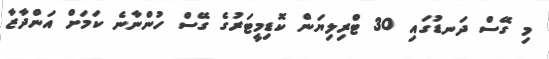
މި ގޭސް ދަނޑުގައި 30 ޓްރިލިޔަން ކޮޑިމީޓަރުގެ ގޭސް ހުންނާނެ ކަމަށް އަންދާޒާ